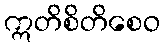
ဣတိစိတိစေဝ